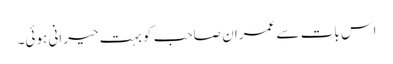
اس بات سے عمران صاحب کو بہت حیرانی ہوئی۔